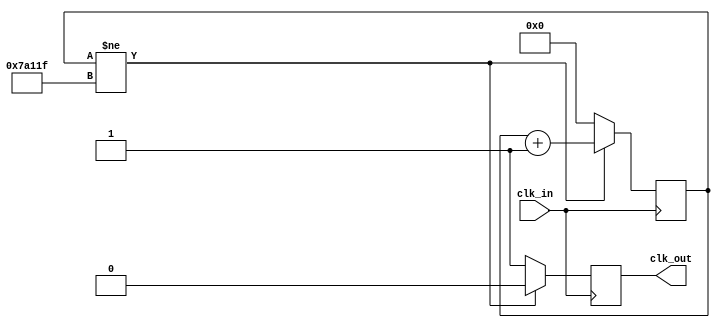
module slow_clock_100HZ(clk_in,clk_out);
input clk_in;output reg clk_out;
reg [20:0] period_count=0;
always @(posedge clk_in)
if(period_count!=500_000-1)
begin
period_count<=period_count+1;
clk_out<=0;
end
else
begin
period_count<=0;
clk_out<=1;
end
endmodule